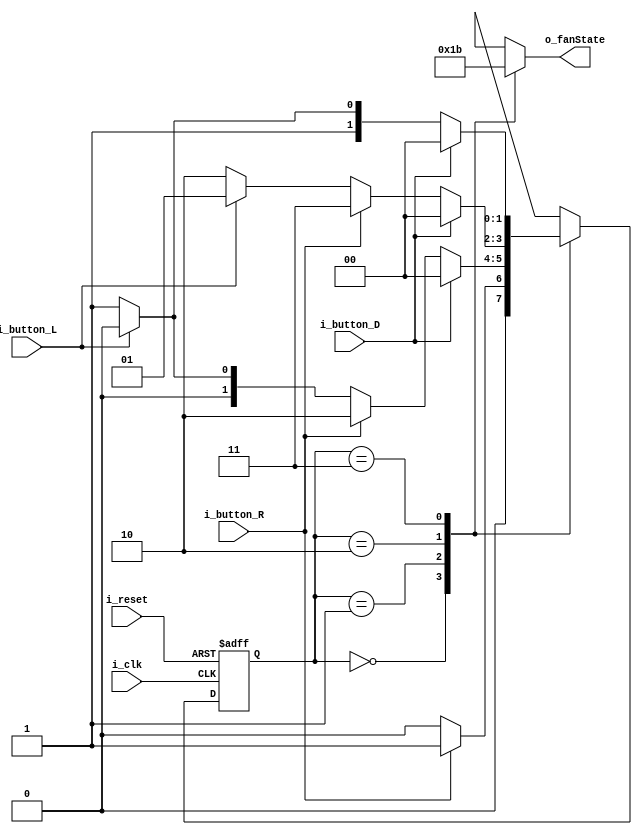
module FSM_FAN(
    input i_clk,
    input i_reset,
    input i_button_R,
    input i_button_L,
    input i_button_D,
    output [1:0] o_fanState
    );

    parameter   S_FAN_0 = 2'b00,
                S_FAN_1 = 2'b01,
                S_FAN_2 = 2'b10,
                S_FAN_3 = 2'b11;

    reg [1:0] curState = S_FAN_0; 
    reg [1:0] nextState;

    reg [1:0] r_fanState;
    assign o_fanState = r_fanState;

    always @(posedge i_clk or posedge i_reset) begin
        if(i_reset) curState <= S_FAN_0;
        else        curState <= nextState;
    end

    always @(i_button_D or i_button_R or i_button_L or curState) begin
        case (curState)
            S_FAN_0 : begin
                if(i_button_R)      nextState <= S_FAN_1;
                else                nextState <= S_FAN_0;
            end
            S_FAN_1 : begin
                if(i_button_D)      nextState <= S_FAN_0;
                else if(i_button_R) nextState <= S_FAN_2;
                else if(i_button_L) nextState <= S_FAN_0;
                else                nextState <= S_FAN_1;
            end
            S_FAN_2 : begin
                if(i_button_D)      nextState <= S_FAN_0;
                else if(i_button_R) nextState <= S_FAN_3;
                else if(i_button_L) nextState <= S_FAN_1;
                else                nextState <= S_FAN_2;
            end
            S_FAN_3 : begin
                if(i_button_D)      nextState <= S_FAN_0;
                else if(i_button_L) nextState <= S_FAN_2;
                else                nextState <= S_FAN_3;
            end
        endcase
    end

    always @(curState) begin
        case(curState)
            S_FAN_0 : r_fanState <= S_FAN_0;
            S_FAN_1 : r_fanState <= S_FAN_1;
            S_FAN_2 : r_fanState <= S_FAN_2;
            S_FAN_3 : r_fanState <= S_FAN_3;
        endcase 
    end

endmodule